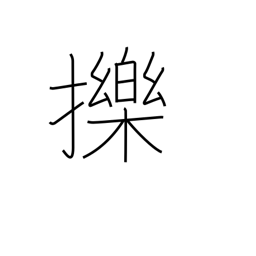
Meaning: funny